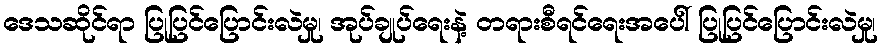
ဒေသဆိုင်ရာ ပြုပြင်ပြောင်းလဲမှု၊ အုပ်ချုပ်ရေးနဲ့ တရားစီရင်ရေးအပေါ် ပြုပြင်ပြောင်းလဲမှု၊